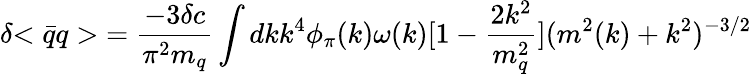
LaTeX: {\delta{<{\bar{q}}q>}}={\frac{-3{\delta c}}{\pi^{2}m_{q}}}\int dkk^{4}\phi_{\pi}(k)\omega(k)[1-{\frac{2k^{2}}{m_{q}^{2}}}](m^{2}(k)+k^{2})^{-3/2}